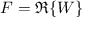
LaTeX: F = \Re \{ W \}